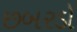
છબરડો